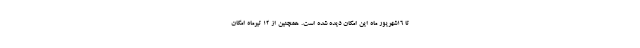
تا ۱۶شهریور ماه این امکان دیده شده است. همچنین از ۱۲ تیرماه امکان